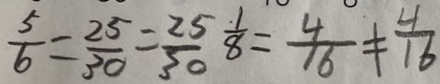
\frac { 5 } { 6 } = \frac { 2 5 } { 3 0 } = \frac { 2 5 } { 3 0 } \frac { 1 } { 8 } = \frac { 4 } { 1 6 } \neq \frac { 4 } { 1 6 }